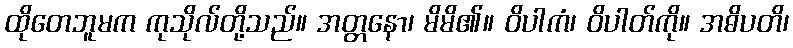
ထိုတေဘူမက ကုသိုလ်တို့သည်။ အတ္တနော၊ မိမိ၏။ ဝိပါကံ၊ ဝိပါတ်ကို။ အဓိပတိ၊